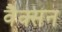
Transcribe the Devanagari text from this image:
वैक्सन